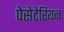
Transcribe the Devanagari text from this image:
पेसेटेरियन